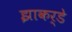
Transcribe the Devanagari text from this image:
झाकर्डे